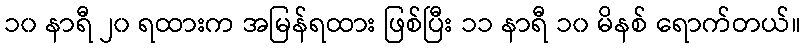
၁၀ နာရီ ၂၀ ရထားက အမြန်ရထား ဖြစ်ပြီး ၁၁ နာရီ ၁၀ မိနစ် ရောက်တယ်။